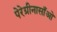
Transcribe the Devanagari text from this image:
पेरेग्रीनासाँओ